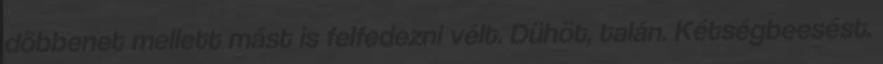
döbbenet mellett mást is felfedezni vélt. Dühöt, talán. Kétségbeesést.